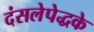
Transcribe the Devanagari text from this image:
दंसलेपेद्धके